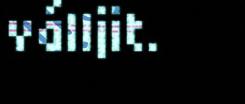
válljit.